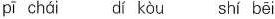
pī chái dí kòu shí bēi